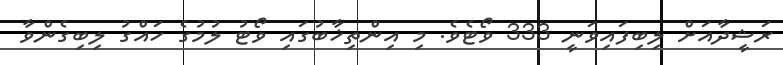
ރަޝީދާއަށް ލިބިފައިވަނީ 333 ވޯޓެވެ. މި އިންތިޚާބުގައި ވޯޓު ލުމުގެ ހައްގު ލިބިގެންވާ